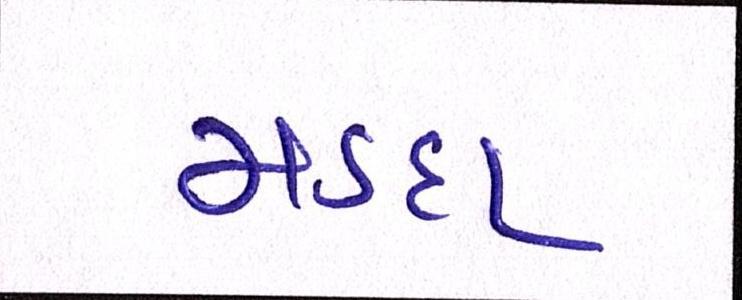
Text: મડદા